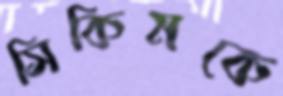
সিকিমকে